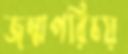
জন্মপরিচয়